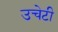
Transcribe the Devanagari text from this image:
उचेटी